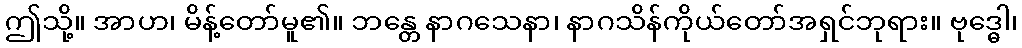
ဤသို့။ အာဟ၊ မိန့်တော်မူ၏။ ဘန္တေ နာဂသေနာ၊ နာဂသိန်ကိုယ်တော်အရှင်ဘုရား။ ဗုဒ္ဓေါ၊